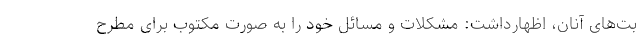
بت‌های آنان، اظهارداشت: مشکلات و مسائل خود را به صورت مکتوب برای مطرح